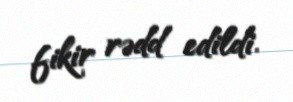
fikir rədd edildi.